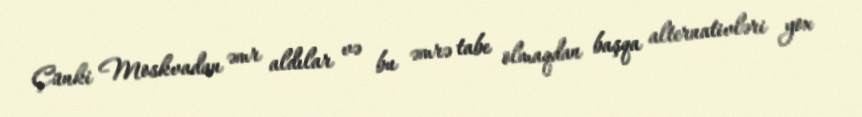
Çünki Moskvadan əmr aldılar və bu əmrə tabe olmaqdan başqa alternativləri yox